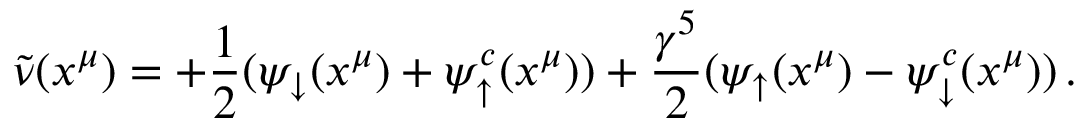
\widetilde \nu ( x ^ { \mu } ) = + { \frac { 1 } { 2 } } ( \psi _ { \downarrow } ( x ^ { \mu } ) + \psi _ { \uparrow } ^ { c } ( x ^ { \mu } ) ) + { \frac { \gamma ^ { 5 } } { 2 } } ( \psi _ { \uparrow } ( x ^ { \mu } ) - \psi _ { \downarrow } ^ { c } ( x ^ { \mu } ) ) \, .